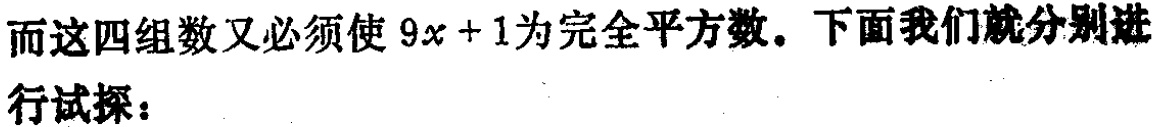
而这四组数又必须使 \(9x + 1\)为完全平方数。下面我们就分别进行试探：